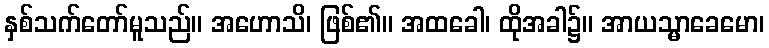
နှစ်သက်တော်မူသည်။ အဟောသိ၊ ဖြစ်၏။ အထခေါ၊ ထိုအခါ၌။ အာယသ္မာခေမော၊